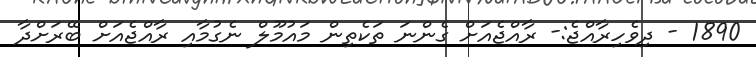
1890 - ދިވެހިރާއްޖެ:- ރާއްޖެއަށް ގެންނަ ތަކެތިން މައުމޫލް ނެގުމާއި ރާއްޖެއަށް ބޭރަށްދާ